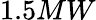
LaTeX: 1.5MW